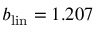
b _ { \mathrm { l i n } } = 1 . 2 0 7